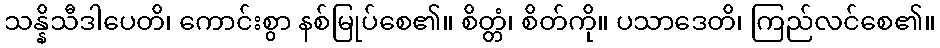
သန္နိသီဒါပေတိ၊ ကောင်းစွာ နစ်မြုပ်စေ၏။ စိတ္တံ၊ စိတ်ကို။ ပသာဒေတိ၊ ကြည်လင်စေ၏။